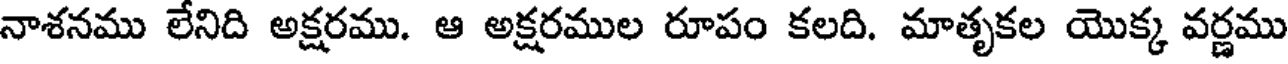
నాశనము లేనిది అక్షరము. ఆ అక్షరముల రూపం కలది. మాతృకల యొక్క వర్ణము